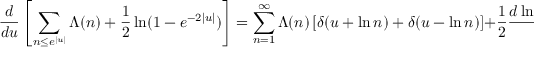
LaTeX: { \frac { d } { d u } } \left[ \sum _ { n \leq e ^ { | u | } } \Lambda ( n ) + { \frac { 1 } { 2 } } \ln ( 1 - e ^ { - 2 | u | } ) \right] = \sum _ { n = 1 } ^ { \infty } \Lambda ( n ) \left[ \delta ( u + \ln n ) + \delta ( u - \ln n ) \right] + { \frac { 1 } { 2 } } { \frac { d \ln ( 1 - e ^ { - 2 | u | } ) } { d u } } = e ^ { u } - \sum _ { \rho } e ^ { \rho u }